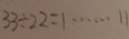
3 3 \div 2 2 = 1 \cdots 1 1